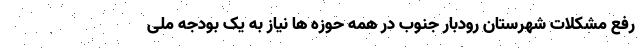
رفع مشکلات شهرستان رودبار جنوب در همه حوزه ها نیاز به یک بودجه ملی